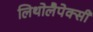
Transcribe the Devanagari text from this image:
लिथोलैपेक्सी